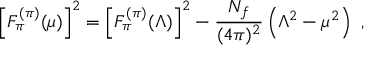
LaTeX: \left[ F _ { \pi } ^ { ( \pi ) } ( \mu ) \right] ^ { 2 } = \left[ F _ { \pi } ^ { ( \pi ) } ( \Lambda ) \right] ^ { 2 } - \frac { N _ { f } } { ( 4 \pi ) ^ { 2 } } \left( \Lambda ^ { 2 } - \mu ^ { 2 } \right) \ ,